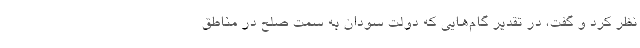
نظر کرد و گفت، در تقدیر گام‌هایی که دولت سودان به سمت صلح در مناطق